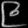
Digit: ၉